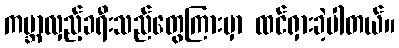
ကမ္ဘာလှည့်ခရီးသည်တွေကြားမှာ ထင်ရှားခဲ့ပါတယ်။